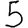
Digit: 5